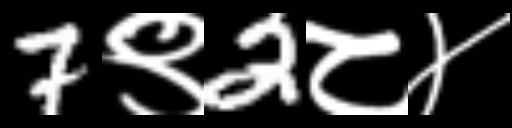
Text: 7९2८४